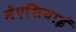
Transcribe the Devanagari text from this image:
मेंएशियाई